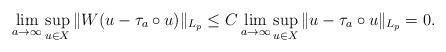
LaTeX: \begin{align*} \lim_{a \to \infty} \sup_{u \in X} \Vert W (u-\tau_a\circ u) \Vert_{L_p} \leq C \lim_{a \to \infty} \sup_{u \in X} \Vert u - \tau_a\circ u \Vert_{L_p} =0.\end{align*}